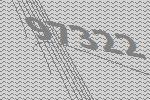
97322